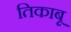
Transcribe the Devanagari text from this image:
तिकाबू